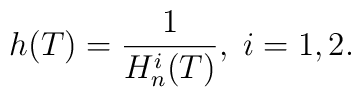
h(T) =\frac{1}{H_n^i(T)},\;i = 1, 2.